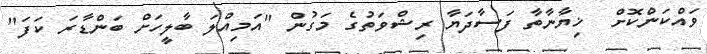
ވައްކަންކޮށް  ޚިޔާނާތާ ފަސާދަޔާ ރިޝްވަތުގެ މަގުން "އަމިއްލަ ބާލީހަށް ބަންޑާރަ ކަފަ"